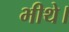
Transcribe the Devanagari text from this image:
भीथे।